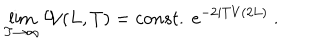
\lim _ { T \to \infty } { \cal W } ( L , T ) = c o n s t . \ e ^ { - 2 i T V ( 2 L ) } \ .